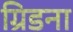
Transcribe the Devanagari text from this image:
ग्रिडना